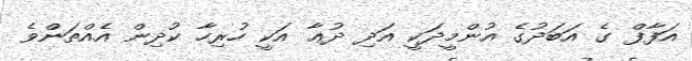
އަފާފް ގެ އަބަދުގެ އުންމީދަކީ އަދި ދުޢާ އަކީ ހުރިހާ ކުދިން އެއްތަންވެ